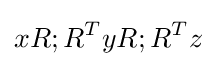
xR;R^{T}yR;R^{T}z